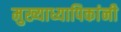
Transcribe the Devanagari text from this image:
मुख्याध्यापिकांनी